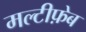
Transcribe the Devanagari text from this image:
मल्टीफ़ेब